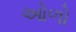
ઓળો